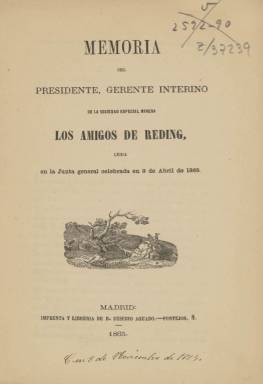
Título: Memoria ... de la Sociedad Especial Minera Los Amigos de Reding
Otros títulos: Memoria del presidente, gerente interino de la Sociedad Especial Minera Los Amigos de Reding || Título: Memoria del director gerente, <29 feb. 1869>
Colección: Industria || Anuarios e informes
Ámbito geográfico: Madrid
Lugar de publicación: Madrid
Fechas: 01/01/1865-31/12/1869